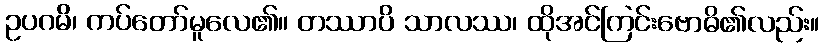
ဥပဂမိ၊ ကပ်တော်မူလေ၏။ တဿာပိ သာလဿ၊ ထိုအင်ကြင်းဗောဓိ၏လည်း။